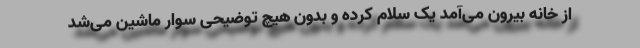
از خانه بیرون می‌آمد یک سلام کرده و بدون هیچ توضیحی سوار ماشین می‌شد